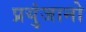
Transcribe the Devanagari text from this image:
प्रयुंजानो